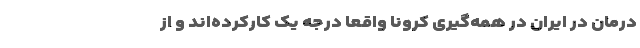
درمان در ایران در همه‌گیری کرونا واقعاً درجه ‌یک کارکرده‌اند و از